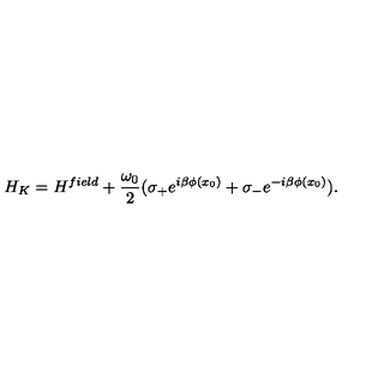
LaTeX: H _ { K } = H ^ { f i e l d } + \frac { \omega _ { 0 } } { 2 } ( \sigma _ { + } e ^ { i \beta \phi ( x _ { 0 } ) } + \sigma _ { - } e ^ { - i \beta \phi ( x _ { 0 } ) } ) .